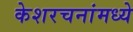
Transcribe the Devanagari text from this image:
केशरचनांमध्ये